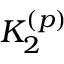
K _ { 2 } ^ { ( p ) }